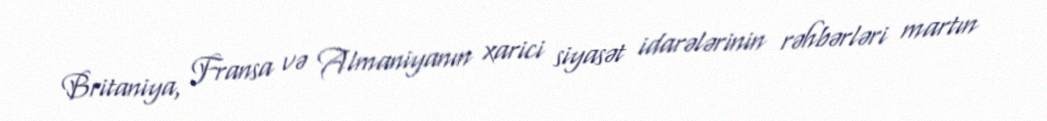
Britaniya, Fransa və Almaniyanın xarici siyasət idarələrinin rəhbərləri martın